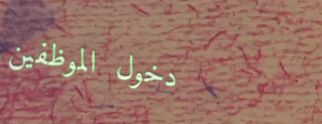
دخول الموظفين